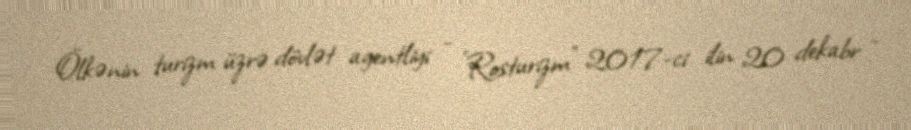
Ölkənin turizm üzrə dövlət agentliyi - "Rosturizm" 2017-ci ilin 20 dekabr -